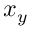
x _ { y }